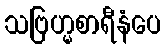
သဗြဟ္မစာရီနံပေ